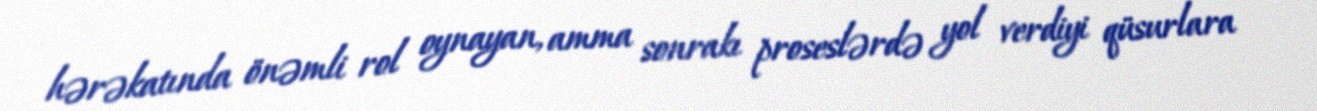
hərəkatında önəmli rol oynayan, amma sonrakı proseslərdə yol verdiyi qüsurlara